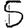
Digit: 5